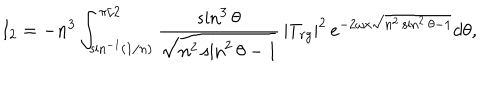
I _ { 2 } = - n ^ { 3 } \int _ { \sin ^ { - 1 } ( 1 / n ) } ^ { \pi / 2 } { \frac { \sin ^ { 3 } \theta } { \sqrt { n ^ { 2 } \sin ^ { 2 } \theta - 1 } } } \, | T _ { r g } | ^ { 2 } \, e ^ { - 2 \omega x \sqrt { n ^ { 2 } \sin ^ { 2 } \theta - 1 } } d \theta ,